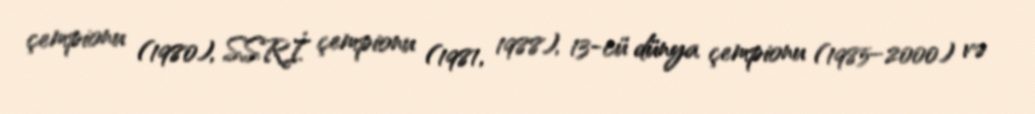
çempionu (1980), SSRİ çempionu (1981, 1988), 13-cü dünya çempionu (1985–2000) və